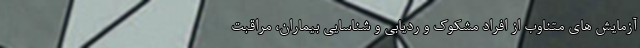
آزمایش های متناوب از افراد مشکوک و ردیابی و شناسایی بیماران، مراقبت